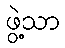
ဖွဲ့သာ